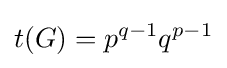
t(G)=p^{q-1}q^{p-1}